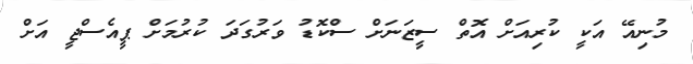
މުނިއޭ އަކީ ކުރިއަށް އޮތް ސީޒަނަށް ސްކޮޑު ވަރުގަދަ ކުރުމަށް ޕީއެސްޖީ އަށް